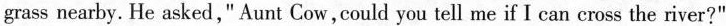
grass nearby. He asked," Aunt Cow,could you tell me if I can cross the river?"